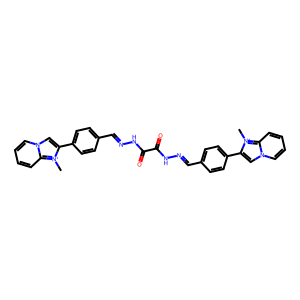
SMILES: C[n+]1c(-c2ccc(C=NNC(=O)C(=O)NN=Cc3ccc(-c4cn5ccccc5[n+]4C)cc3)cc2)cn2ccccc21
Inhibits HIV replication: Yes